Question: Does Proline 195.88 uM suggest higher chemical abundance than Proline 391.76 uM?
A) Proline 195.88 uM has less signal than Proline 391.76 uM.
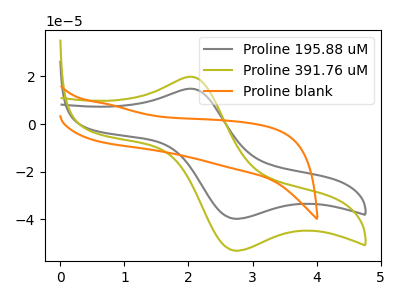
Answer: <think>The gray curve "Proline 195.88 uM" has an anodic peak at (2.05V, 14.85uA) and a cathodic peak at (2.70V, -39.65uA). The olive curve "Proline 391.76 uM" has an anodic peak at (2.05V, 19.85uA) and a cathodic peak at (2.70V, -53.05uA). The orange curve "Proline blank" has no peaks.
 All the peaks in "Proline 195.88 uM" have a peak in "Proline 391.76 uM" at the same potential. Every peak in "Proline 195.88 uM" is lower than every peak in "Proline 391.76 uM".</think>
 <answer>A) "Proline 195.88 uM" has less signal than "Proline 391.76 uM".</answer>
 <eval>A</eval>